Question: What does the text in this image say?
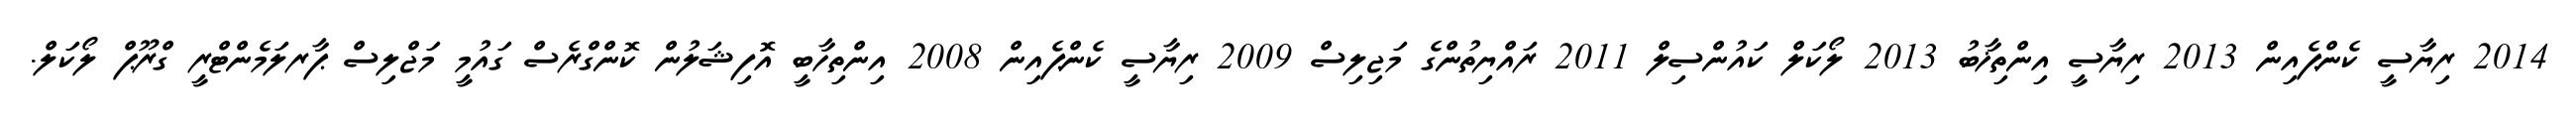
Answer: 2014 ރިޔާސީ ކެންޕެއިން 2013 ރިޔާސީ އިންތިޚާބު 2013 ލޯކަލް ކައުންސިލް 2011 ރައްޔިތުންގެ މަޖިލިސް 2009 ރިޔާސީ ކެންޕެއިން 2008 އިންތިހާބީ އޮފިޝަލުން ކޮންގްރެސް ގައުމީ މަޖްލިސް ޕާރލަމެންޓްރީ ގްރޫޕް ލޯކަލް.